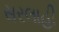
સરલાહી